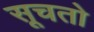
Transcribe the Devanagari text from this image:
सूचतो